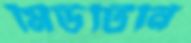
মিউটিনি